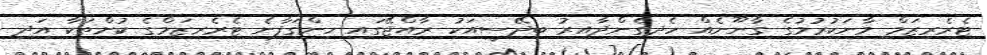
ޓެރެރިޒަމް މާނަކުރުމުގެ ގާނޫނެއް ހެދިގެންދާއިރު ބިދޭސީއަކު ރާއްޖޭގައި ހިންގަފާނެ ޓެރެރިޒަމްގެ ކުށްތަކާ އަދި